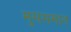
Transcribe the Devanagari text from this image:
मुससमान